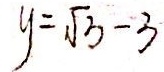
y = \sqrt { 3 } - 3